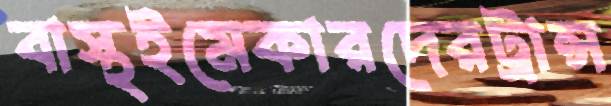
বাস্থইমেকারদেরট্রান্স